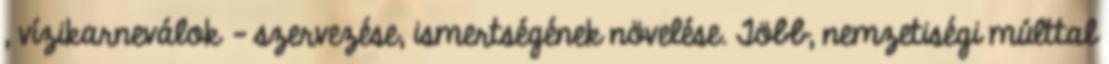
, vízikarneválok - szervezése, ismertségének növelése. Több, nemzetiségi múlttal